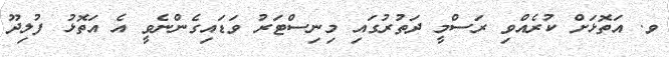
ވ. އަތޮޅަށް ކުރެއްވި ރަސްމީ ދަތުރުގައި މިނިސްޓަރު ވަޑައިގެންނެވީ އެ އަތޮޅު ފުލިދޫ